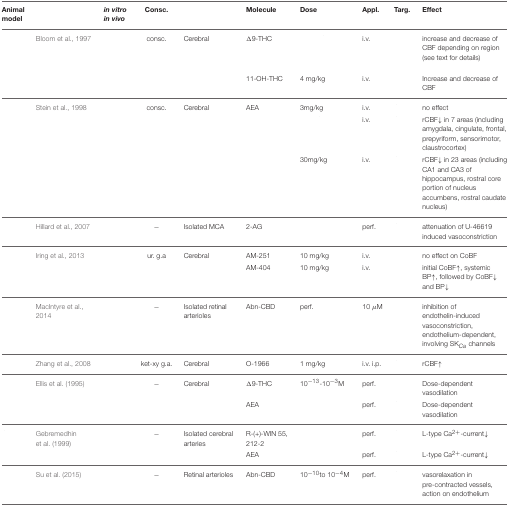
<table><thead><tr><td><b>Animal model</b></td><td>[EMPTY_CELL]</td><td><b><i>in vitro in vivo</i></b></td><td><b>Consc.</b></td><td>[EMPTY_CELL]</td><td><b>Molecule</b></td><td><b>Dose</b></td><td><b>Appl.</b></td><td><b>Targ.</b></td><td><b>Effect</b></td></tr></thead><tbody><tr><td>[EMPTY_CELL]</td><td>Bloom et al., 1997</td><td>[EMPTY_CELL]</td><td>consc.</td><td>Cerebral</td><td>Δ9-THC</td><td>[EMPTY_CELL]</td><td>i.v.</td><td>[EMPTY_CELL]</td><td>increase and decrease of CBF depending on region (see text for details)</td></tr><tr><td>[EMPTY_CELL]</td><td>[EMPTY_CELL]</td><td>[EMPTY_CELL]</td><td>[EMPTY_CELL]</td><td>[EMPTY_CELL]</td><td>11-OH-THC</td><td>4 mg/kg</td><td>i.v.</td><td>[EMPTY_CELL]</td><td>Increase and decrease of CBF</td></tr><tr><td>[EMPTY_CELL]</td><td>Stein et al., 1998</td><td>[EMPTY_CELL]</td><td>consc.</td><td>Cerebral</td><td>AEA</td><td>3mg/kg</td><td>i.v.</td><td>[EMPTY_CELL]</td><td>no effect</td></tr><tr><td>[EMPTY_CELL]</td><td>[EMPTY_CELL]</td><td>[EMPTY_CELL]</td><td>[EMPTY_CELL]</td><td>[EMPTY_CELL]</td><td>[EMPTY_CELL]</td><td>[EMPTY_CELL]</td><td>i.v.</td><td>[EMPTY_CELL]</td><td>rCBF↓ in 7 areas (including amygdala, cingulate, frontal, prepyriform, sensorimotor, claustrocortex)</td></tr><tr><td>[EMPTY_CELL]</td><td>[EMPTY_CELL]</td><td>[EMPTY_CELL]</td><td>[EMPTY_CELL]</td><td>[EMPTY_CELL]</td><td>[EMPTY_CELL]</td><td>30mg/kg</td><td>i.v.</td><td>[EMPTY_CELL]</td><td>rCBF↓ in 23 areas (including CA1 and CA3 of hippocampus, rostral core portion of nucleus accumbens, rostral caudate nucleus)</td></tr><tr><td>[EMPTY_CELL]</td><td>Hillard et al., 2007</td><td>[EMPTY_CELL]</td><td>−</td><td>Isolated MCA</td><td>2-AG</td><td>[EMPTY_CELL]</td><td>perf.</td><td>[EMPTY_CELL]</td><td>attenuation of U-46619 induced vasoconstriction</td></tr><tr><td>[EMPTY_CELL]</td><td>Iring et al., 2013</td><td>[EMPTY_CELL]</td><td>ur. g.a</td><td>Cerebral</td><td>AM-251</td><td>10 mg/kg</td><td>i.v.</td><td>[EMPTY_CELL]</td><td>no effect on CoBF</td></tr><tr><td>[EMPTY_CELL]</td><td>[EMPTY_CELL]</td><td>[EMPTY_CELL]</td><td>[EMPTY_CELL]</td><td>[EMPTY_CELL]</td><td>AM-404</td><td>10 mg/kg</td><td>i.v.</td><td>[EMPTY_CELL]</td><td>initial CoBF↑, systemic BP↑, followed by CoBF↓ and BP↓</td></tr><tr><td>[EMPTY_CELL]</td><td>MacIntyre et al., 2014</td><td>[EMPTY_CELL]</td><td>−</td><td>Isolated retinal arterioles</td><td>Abn-CBD</td><td>perf.</td><td>10 μM</td><td>[EMPTY_CELL]</td><td>inhibition of endothelin-induced vasoconstriction, endothelium-dependent, involving SK<sub><i>Ca</i></sub> channels</td></tr><tr><td>[EMPTY_CELL]</td><td>Zhang et al., 2008</td><td>[EMPTY_CELL]</td><td>ket-xy g.a.</td><td>Cerebral</td><td>O-1966</td><td>1 mg/kg</td><td>i.v. i.p.</td><td>[EMPTY_CELL]</td><td>rCBF↑</td></tr><tr><td>[EMPTY_CELL]</td><td>Ellis et al. (1995)</td><td>[EMPTY_CELL]</td><td>−</td><td>Cerebral</td><td>Δ9-THC</td><td>10<sup>−13</sup>-10<sup>−3</sup>M</td><td>perf.</td><td>[EMPTY_CELL]</td><td>Dose-dependent vasodilation</td></tr><tr><td>[EMPTY_CELL]</td><td>[EMPTY_CELL]</td><td>[EMPTY_CELL]</td><td>[EMPTY_CELL]</td><td>[EMPTY_CELL]</td><td>AEA</td><td>[EMPTY_CELL]</td><td>perf.</td><td>[EMPTY_CELL]</td><td>Dose-dependent vasodilation</td></tr><tr><td>[EMPTY_CELL]</td><td>Gebremedhin et al. (1999)</td><td>[EMPTY_CELL]</td><td>−</td><td>Isolated cerebral arteries</td><td>R-(+)-WIN 55, 212-2</td><td>[EMPTY_CELL]</td><td>perf.</td><td>[EMPTY_CELL]</td><td>L-type Ca<sup>2+</sup>-current↓</td></tr><tr><td>[EMPTY_CELL]</td><td>[EMPTY_CELL]</td><td>[EMPTY_CELL]</td><td>[EMPTY_CELL]</td><td>[EMPTY_CELL]</td><td>AEA</td><td>[EMPTY_CELL]</td><td>perf.</td><td>[EMPTY_CELL]</td><td>L-type Ca<sup>2+</sup>-current↓</td></tr><tr><td>[EMPTY_CELL]</td><td>Su et al. (2015)</td><td>[EMPTY_CELL]</td><td>−</td><td>Retinal arterioles</td><td>Abn-CBD</td><td>10<sup>−10</sup>to 10<sup>−4</sup>M</td><td>perf.</td><td>[EMPTY_CELL]</td><td>vasorelaxation in pre-contracted vessels, action on endothelium</td></tr></tbody></table>